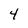
Character: 4